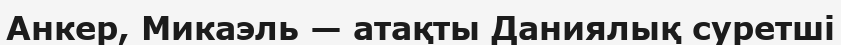
Анкер, Микаэль — атақты Даниялық суретші